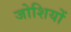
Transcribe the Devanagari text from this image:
जोशियों